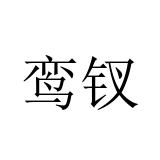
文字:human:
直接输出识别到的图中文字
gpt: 鸾钗